Lunatic asylums Punjab 1881-1894 - 1881-1894
Year: 1881
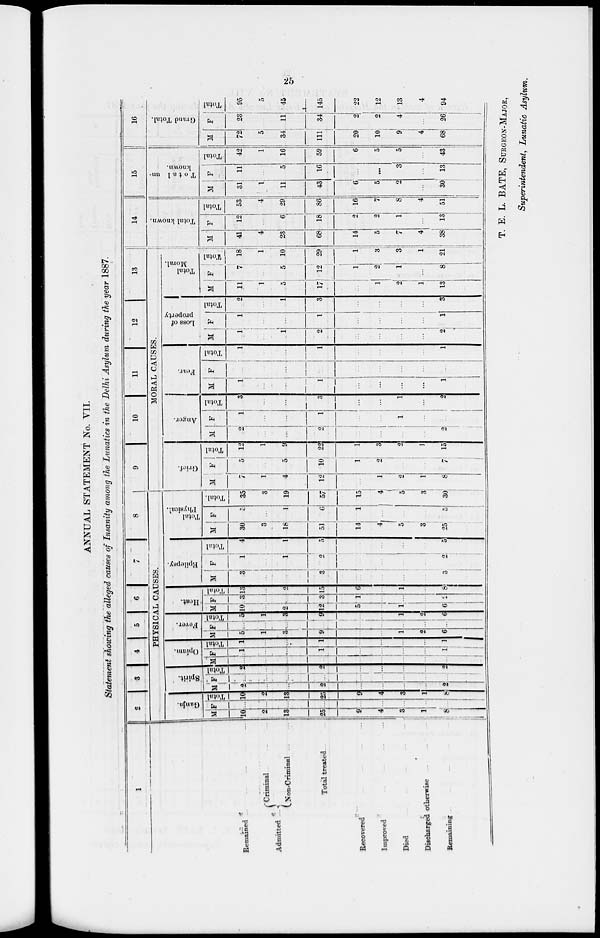
25
ANNUAL STATEMENT No. VII.
Statement showing the alleged causes of Insanity among the Lunatics in the Delhi Asylum during the year 1887.
1
Remained
...
...
...
...
Admitted ...
Criminal ... ... ...
Non-Criminal
...
...
Total treated ... ... ... ...
Recovered ... ... ... ...
Improved ... ... ... ...
Died ... ... ... ...
Discharged otherwise ... ... ...
Remaining ... ... ... ...
2
3
4
5
6 7
8
PHYSICAL CAUSES.
Ganja.
M
10
2
13
25
9
4
3
1
8
F
...
...
...
...
...
...
...
...
...
Total
10
2
13
25
9
4
3
1
8
Spirit.
M
2
...
...
2
...
...
...
...
2
F
...
...
...
...
...
...
...
...
...
Total
2
...
...
2
...
...
...
...
2
Opium.
M
...
...
...
...
...
...
...
...
...
F
1
...
...
1
...
...
...
...
1
Total
1
...
...
1
...
...
...
...
1
Fever.
M
5
1
3
9
...
...
1
2
6
F
...
...
...
...
...
...
...
...
...
Total
5
...
...
9
...
...
1
2
6
Heat.
M
10
...
2
12
5
...
1
...
6
F
3
...
...
3
1
...
...
...
2
Total
13
...
2
15
6
...
1
...
8
Epilepsy.
M
3
..
...
3
...
...
...
...
3
F
1
...
1
2
...
...
1
...
2
Total
4
...
1
5
...
...
...
...
5
Total
Physical.
M
30
3
18
51
14
4
5
3
25
F
5
...
1
6
1
...
...
...
5
Total.
35
3
19
57
15
4
5
3
30
9 10 11 12 13
MORAL CAUSES.
Grief.
M
7
1
4
12
...
1
2
1
8
F
5
...
5
10
1
2
...
...
7
Total
12
1
9
22
1
3
2
1
15
Anger.
M
2
...
...
9
...
...
...
...
2
F
1
...
...
1
...
...
...
...
...
Total
3
...
...
3
...
...
1
...
2
Fear.
M
1
...
...
1
...
...
...
...
1
F
...
...
...
...
...
...
...
...
...
Total
1
...
...
1
...
...
...
...
1
Loss of
property
M
1
...
1
2
...
...
...
...
2
F
1
...
...
1
...
...
...
...
1
Total
2
...
1
3
...
...
...
...
3
Total
Moral.
M
11
1
5
17
...
1
2
1
13
F
7
...
5
12
1
2
1
...
8
Total
18
1
10
29
1
3
3
1
21
14
Total known.
M
41
4
23
68
14
5
7
4
38
F
12
...
6
18
2
2
1
...
13
Total
53
4
29
86
16
7
8
4
51
15
T o t a 1 un-
known.
M
3l
1
11
43
6
5
2
...
30
F
11
...
5
16
...
...
3
...
13
Total
42
1
16
59
6
5
5
...
43
16
Grand Total.
M
72
5
34
111
20
10
9
4
68
F
23
...
11
34
2
2
4
...
26
Total
95
5
45
145
22
12
13
4
94
T. E. L. BATE, SURGEON-MAJOR,
Superintendent, Lunatic Asylum.